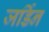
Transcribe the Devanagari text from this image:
जर्डिन